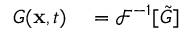
\begin{array} { r l } { G ( \mathbf { x } , t ) } & { { } = \mathcal { F } ^ { - 1 } [ \tilde { G } ] } \end{array}